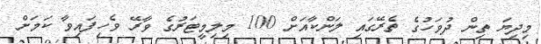
މިދިޔަ ތިން ދުވަހުގެ ތެރޭގައި ލަންކާއަށް 100 މިލިމީޓަރުގެ ވާރޭ ވެހިފައިވާ ކަމަށް